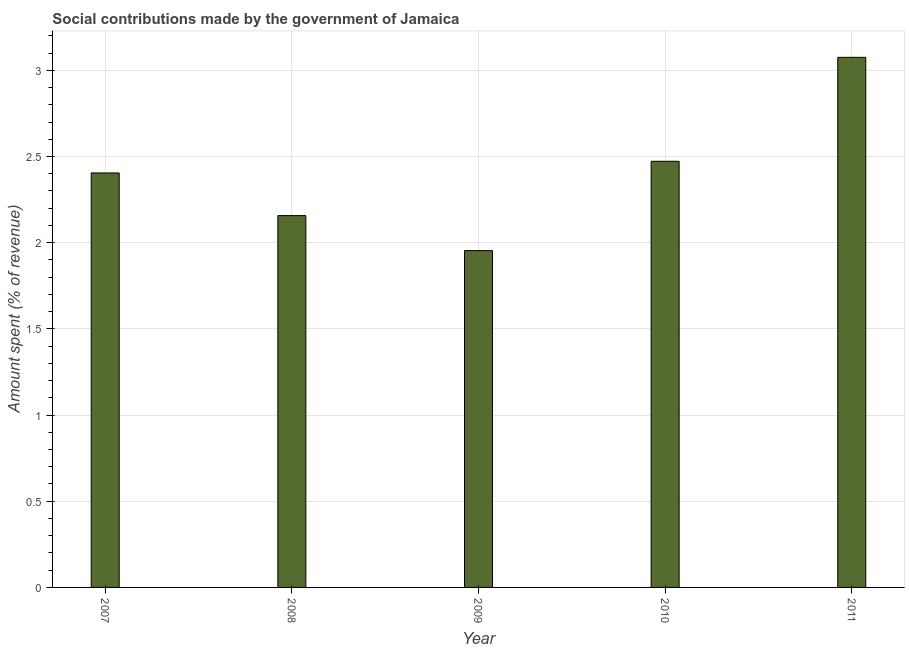
| Year | Social contributions |
 | --- | --- |
 | 2007 | 2.4 |
 | 2008 | 2.16 |
 | 2009 | 1.95 |
 | 2010 | 2.47 |
 | 2011 | 3.08 |